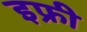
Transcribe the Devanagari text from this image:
इफ्री